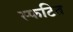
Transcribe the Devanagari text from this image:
स्फटित